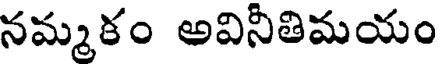
నమ్మకం అవినీతిమయం